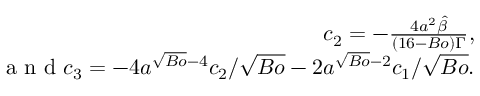
\begin{array} { r } { c _ { 2 } = - \frac { 4 a ^ { 2 } \hat { \beta } } { ( 1 6 - B o ) \Gamma } , } \\ { \textrm { a n d } c _ { 3 } = - 4 a ^ { \sqrt { B o } - 4 } c _ { 2 } / \sqrt { B o } - 2 a ^ { \sqrt { B o } - 2 } c _ { 1 } / \sqrt { B o } . } \end{array}